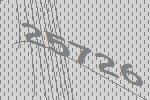
25726